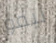
نيمو